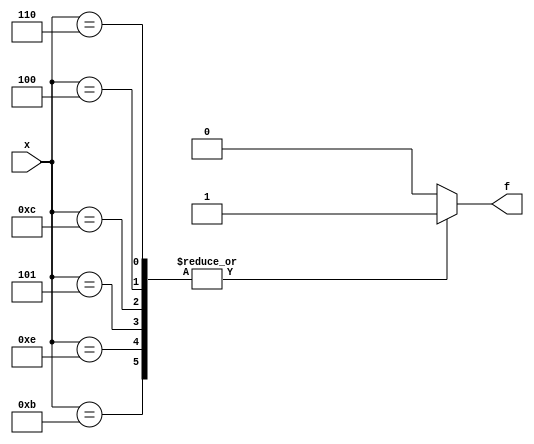
module top_module (
    input [4:1] x, 
    output f );

    always @ (*) begin

        case (x) 

        4'b1011 : f = 1'b1;
        4'b1110 : f = 1'b1;
        4'b0101 : f = 1'b1;
        4'b1100 : f = 1'b1;
        4'b0100 : f = 1'b1;
        4'b0110 : f = 1'b1;
        default : f = 1'b0;
        endcase

    end

endmodule